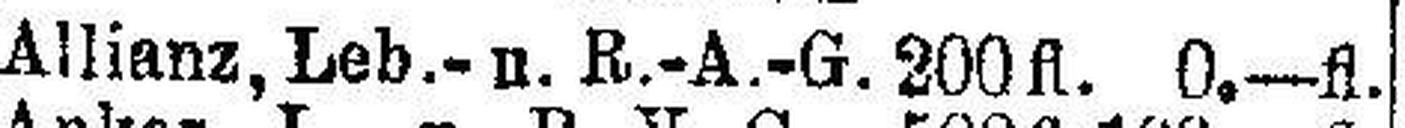
Allianz, Leb.- u. R.-A.-G. 200fl. 0.—fl.